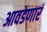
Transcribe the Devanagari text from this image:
आवडणारं